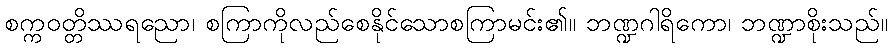
စက္ကဝတ္တိဿရညော၊ စကြာကိုလည်စေနိုင်သောစကြာမင်း၏။ ဘဏ္ဍဂါရိကော၊ ဘဏ္ဍာစိုးသည်။